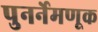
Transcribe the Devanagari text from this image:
पुनर्नेमणूक